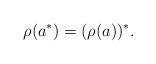
LaTeX: \begin{align*}\rho(a^*) = (\rho(a))^* . \end{align*}